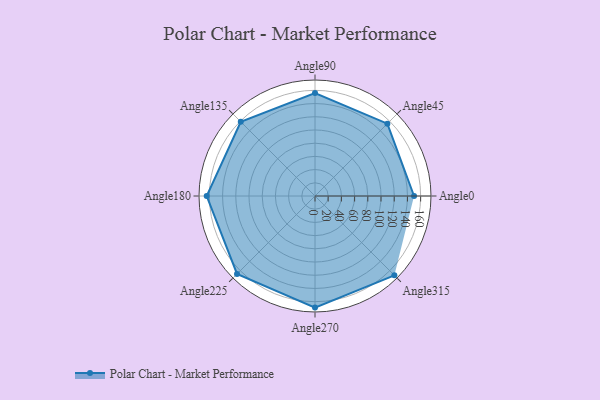
{"axis": {"x": "Angle", "y": "Radius"}, "legend": [""], "data": [{"x": "Angle0", "y": 150.0, "type": ""}, {"x": "Angle45", "y": 155.0, "type": ""}, {"x": "Angle90", "y": 156.0, "type": ""}, {"x": "Angle135", "y": 159.0, "type": ""}, {"x": "Angle180", "y": 164.0, "type": ""}, {"x": "Angle225", "y": 167.0, "type": ""}, {"x": "Angle270", "y": 169.0, "type": ""}, {"x": "Angle315", "y": 170, "type": ""}]}